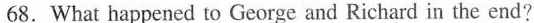
68.What happened to George and Richard in the end?